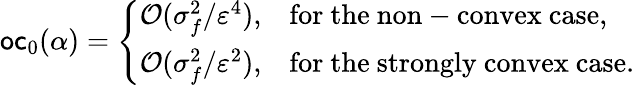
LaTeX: \mathsf{oc}_{0}(\alpha)=\left\{ \begin{array}{ll}{{\cal O}(\sigma_{f}^{2}/\varepsilon^{4}),}&{\mathrm{for~the~non-convex~case,}}\\ {{\cal O}(\sigma_{f}^{2}/\varepsilon^{2}),}&{\mathrm{for~the~strongly~convex~case.}}\end{array}\right.